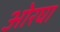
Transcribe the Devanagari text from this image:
ओरघा